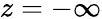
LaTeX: z=-\infty